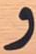
و